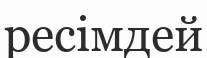
ресімдей